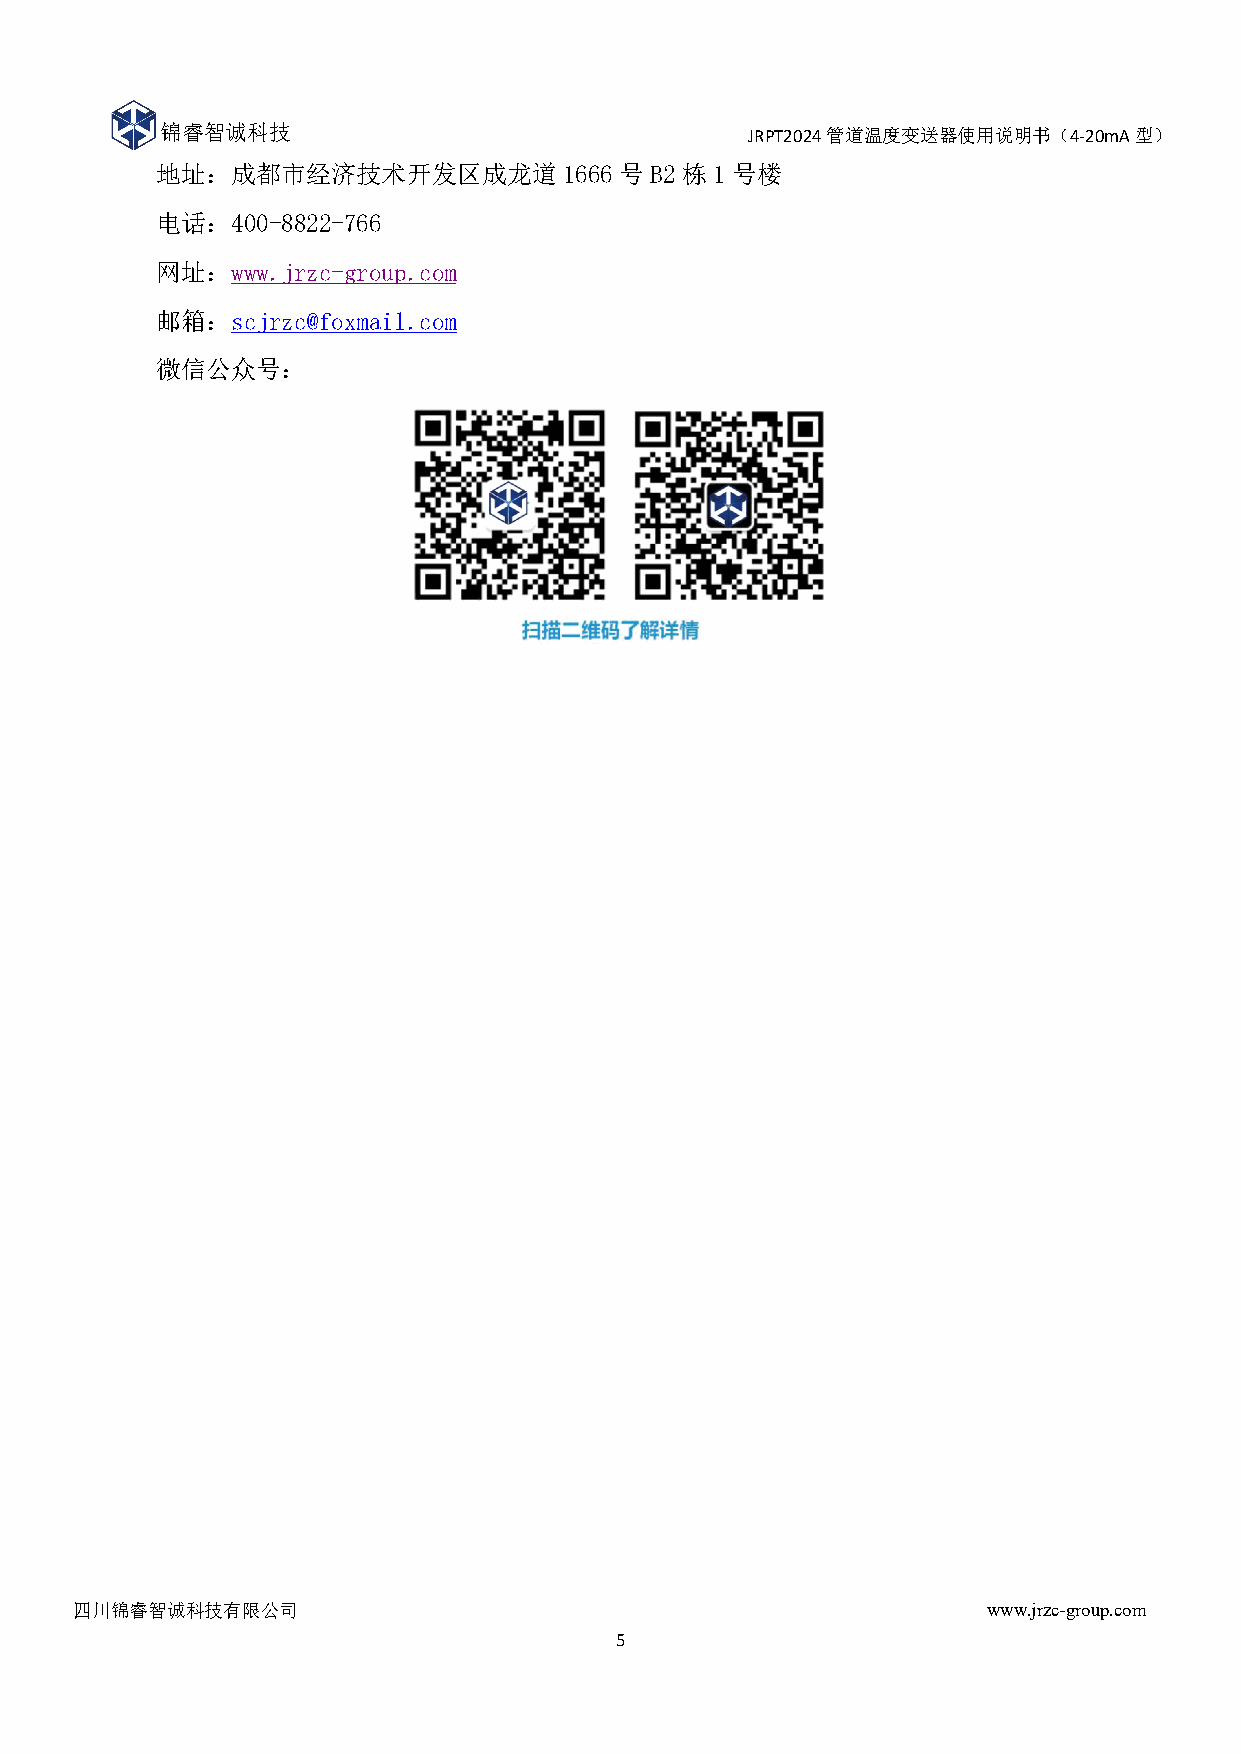
锦睿智诚科技                                 JRPT2024管道温度变送器使用说明书（4-20mA型）
 温湿度传感器使用说明书（RS-485型）
 地址：成都市经济技术开发区成龙道1666号B2栋1号楼
 电话：400-8822-766
 网址：www.jrzc-group.com
 邮箱：scjrzc@foxmail.com
 微信公众号：
 四川锦睿智诚科技有限公司                                                www.jrzc-group.com
 5